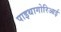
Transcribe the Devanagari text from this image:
पाइथागोरिआई